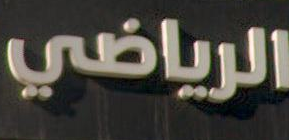
الرياضي